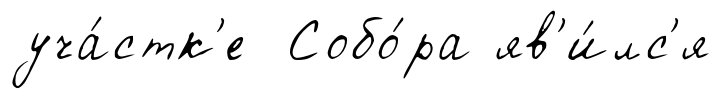
уча́стк'е Собо́ра яв'и́лс'я